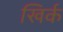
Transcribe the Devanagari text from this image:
खिर्क